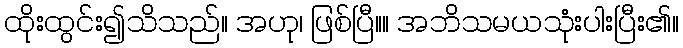
ထိုးထွင်း၍သိသည်။ အဟု၊ ဖြစ်ပြီ။။ အဘိသမယသုံးပါးပြီး၏။